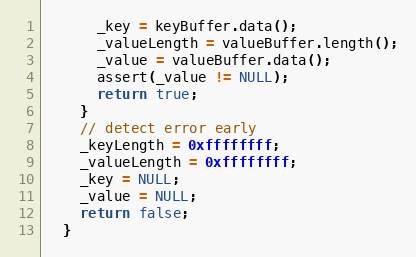
Language: C
      _key = keyBuffer.data();
      _valueLength = valueBuffer.length();
      _value = valueBuffer.data();
      assert(_value != NULL);
      return true;
    }
    // detect error early
    _keyLength = 0xffffffff;
    _valueLength = 0xffffffff;
    _key = NULL;
    _value = NULL;
    return false;
  }